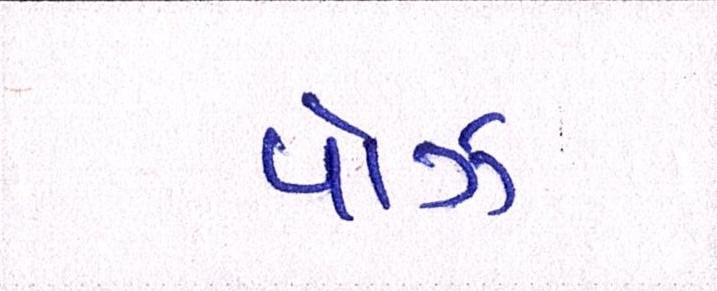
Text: પૉઝ